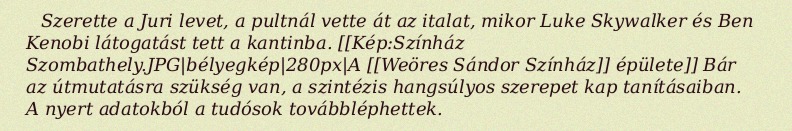
Szerette a Juri levet, a pultnál vette át az italat, mikor Luke Skywalker és Ben Kenobi látogatást tett a kantinba. [[Kép:Színház Szombathely.JPG|bélyegkép|280px|A [[Weöres Sándor Színház]] épülete]] Bár az útmutatásra szükség van, a szintézis hangsúlyos szerepet kap tanításaiban. A nyert adatokból a tudósok továbbléphettek.